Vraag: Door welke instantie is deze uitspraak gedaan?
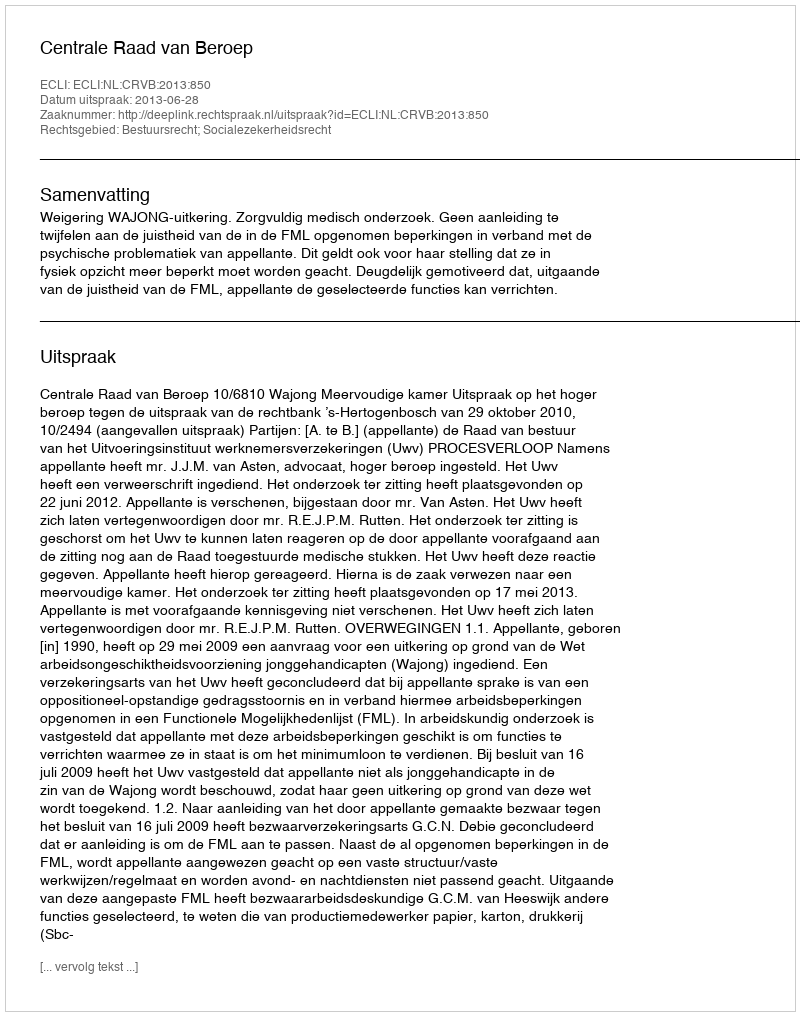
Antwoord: Centrale Raad van Beroep